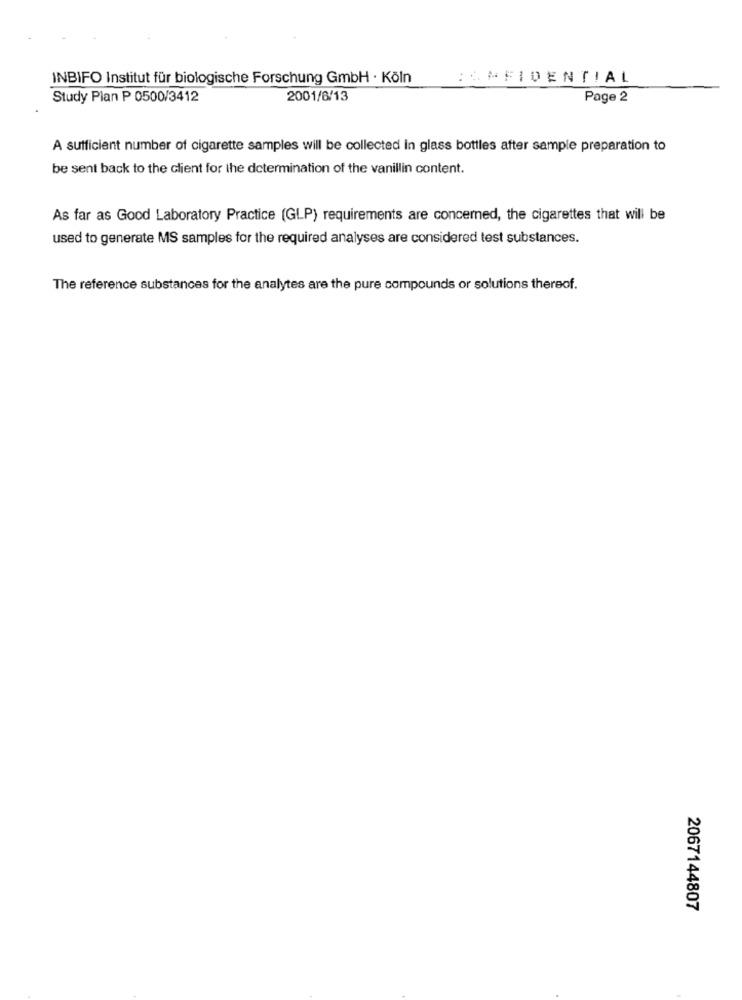
INBIFO Institut für biologische Forschung GmbH · Köln
IL *FIDENTIAL
Study Plan P 0500/3412
2001/6/13
Page 2
A sufficient number of cigarette samples will be collected in glass bottles after sample preparation to
be sent back to the client for the determination of the vanillin content.
As far as Good Laboratory Practice (GLP) requirements are concerned, the cigarettes that will be
used to generate MS samples for the required analyses are considered test substances.
The reference substances for the analytes are the pure compounds or solutions thereof.
2067144807